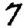
Digit: 7